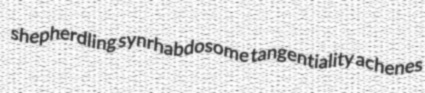
shepherdling synrhabdosome tangentiality achenes